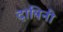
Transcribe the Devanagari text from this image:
दायिनीं